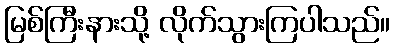
မြစ်ကြီးနားသို့ လိုက်သွားကြပါသည်။